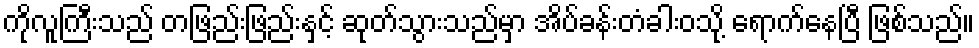
ကိုလူကြီးသည် တဖြည်းဖြည်းနှင့် ဆုတ်သွားသည်မှာ အိပ်ခန်းတံခါးဝသို့ ရောက်နေပြီ ဖြစ်သည်။